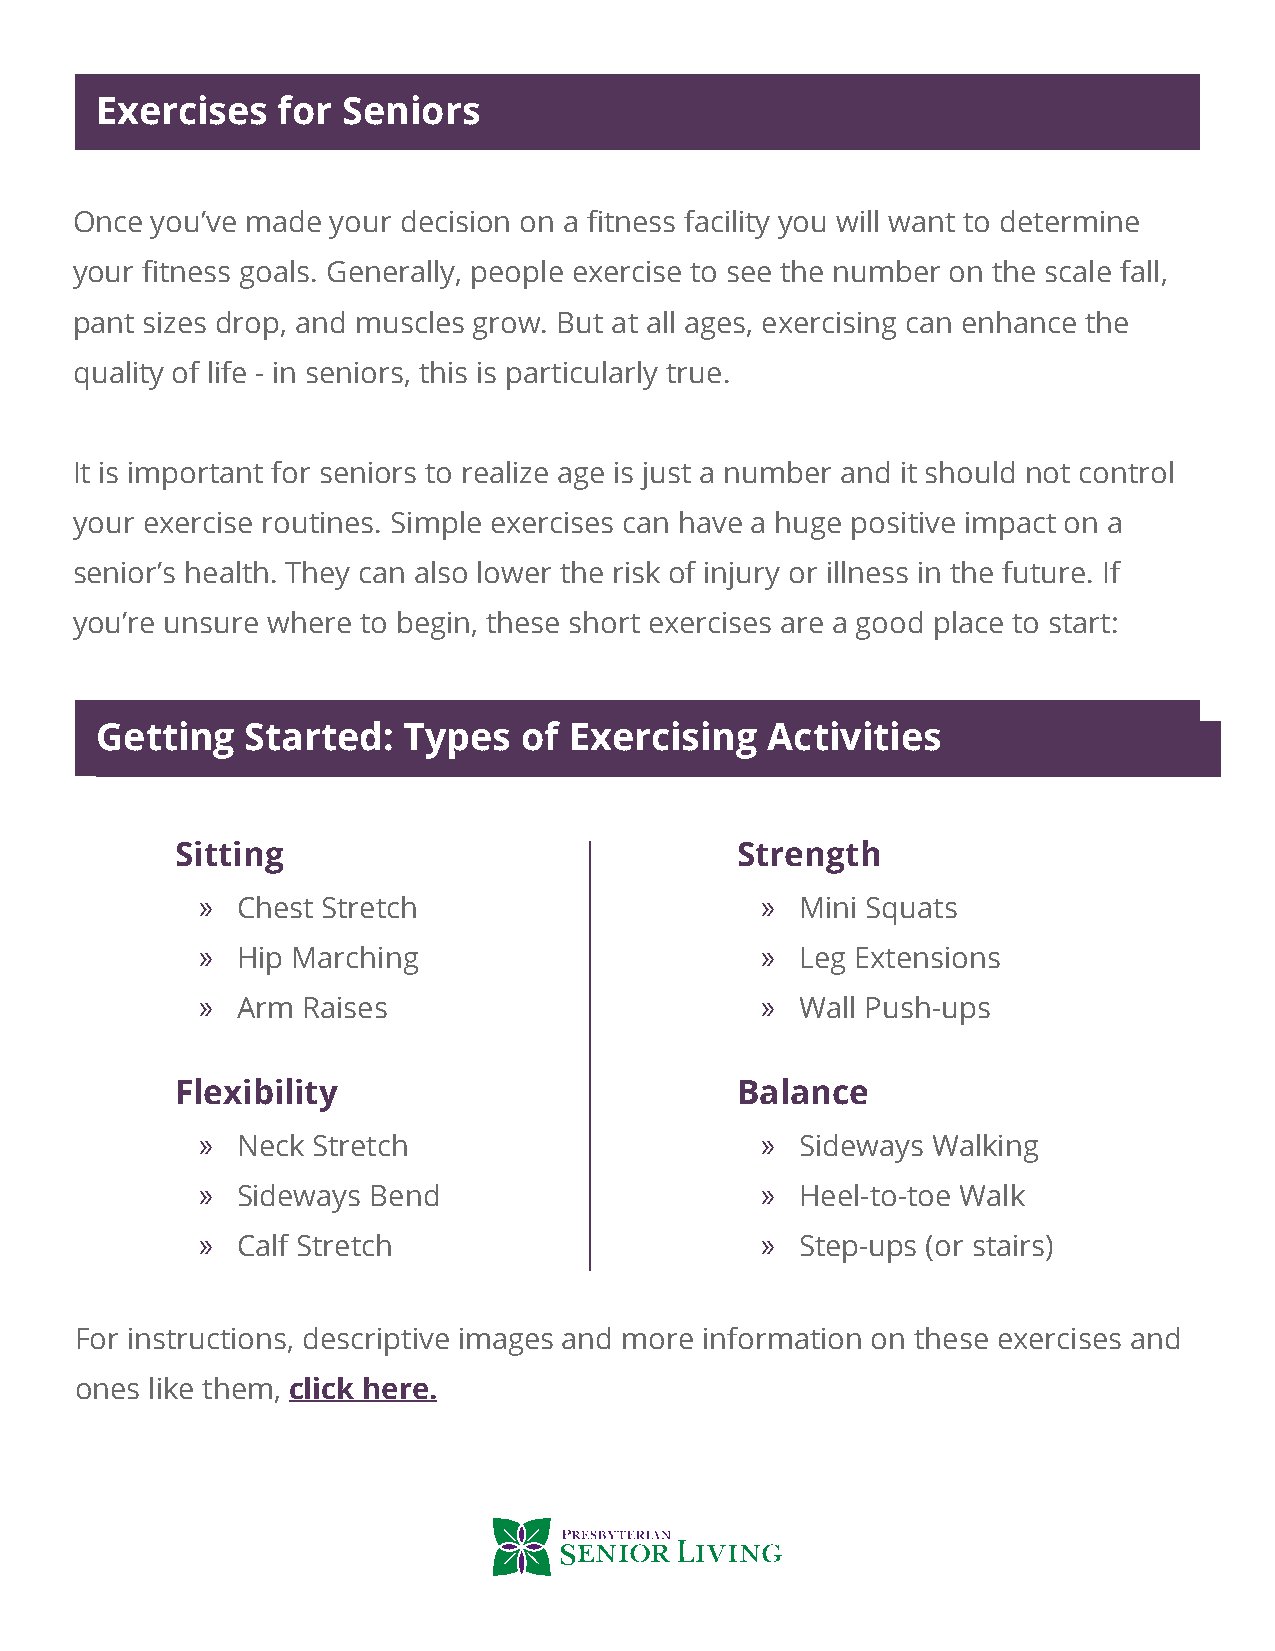
Exercises   for  Seniors
 Once you’ve made your decision on a fitness facility you will want to determine
 your fitness goals. Generally, people exercise to see the number on the scale fall,
 pant sizes drop, and muscles grow. But at all ages, exercising can enhance the
 quality of life - in seniors, this is particularly true.
 It is important for seniors to realize age is just a number and it should not control
 your exercise routines. Simple exercises can have a huge positive impact on a
 senior’s health. They can also lower the risk of injury or illness in the future. If
 you’re unsure where to begin, these short exercises are a good place to start:
 Getting   Started:   Types   of Exercising   Activities
 Sitting                              Strength
 »  Chest Stretch                     »  Mini Squats
 »  Hip Marching                      »  Leg Extensions
 »  Arm Raises                        »  Wall Push-ups
 Flexibility                          Balance
 »  Neck Stretch                      »  Sideways Walking
 »  Sideways Bend                     »  Heel-to-toe Walk
 »  Calf Stretch                      »  Step-ups (or stairs)
 For instructions, descriptive images and more information on these exercises and
 ones like them, click here.